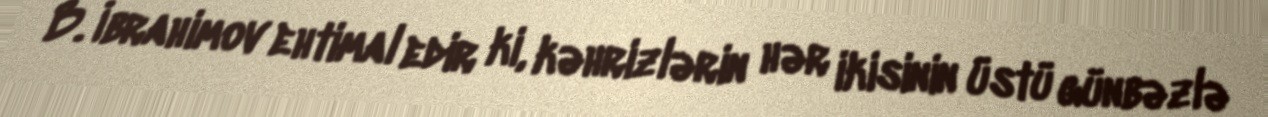
B. İbrahimov ehtimal edir ki, kəhrizlərin hər ikisinin üstü günbəzlə